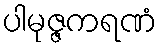
ပါမုဇ္ဇကရဏံ